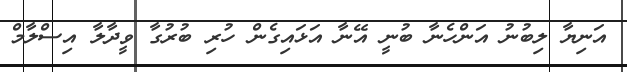
އަނިޔާ ލިބުނު އަންހެނާ ބުނީ އޭނާ އަޅައިގެން ހުރި ބުރުގާ ވީދާލާ އިސްލާމް